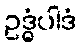
ဥဒ္ဓံပါဒံ